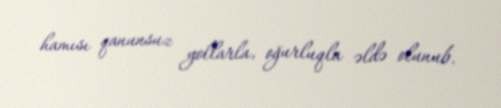
hamısı qanunsuz yollarla, oğurluqla əldə olunub.